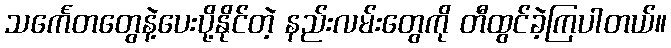
သင်္ကေတတွေနဲ့ပေးပို့နိုင်တဲ့ နည်းလမ်းတွေကို တီထွင်ခဲ့ကြပါတယ်။